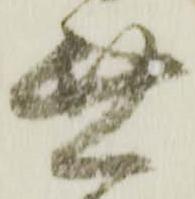
無